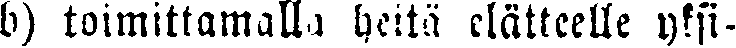
b) toimittamalla heitä elätteelle yksi-